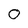
Character: 0